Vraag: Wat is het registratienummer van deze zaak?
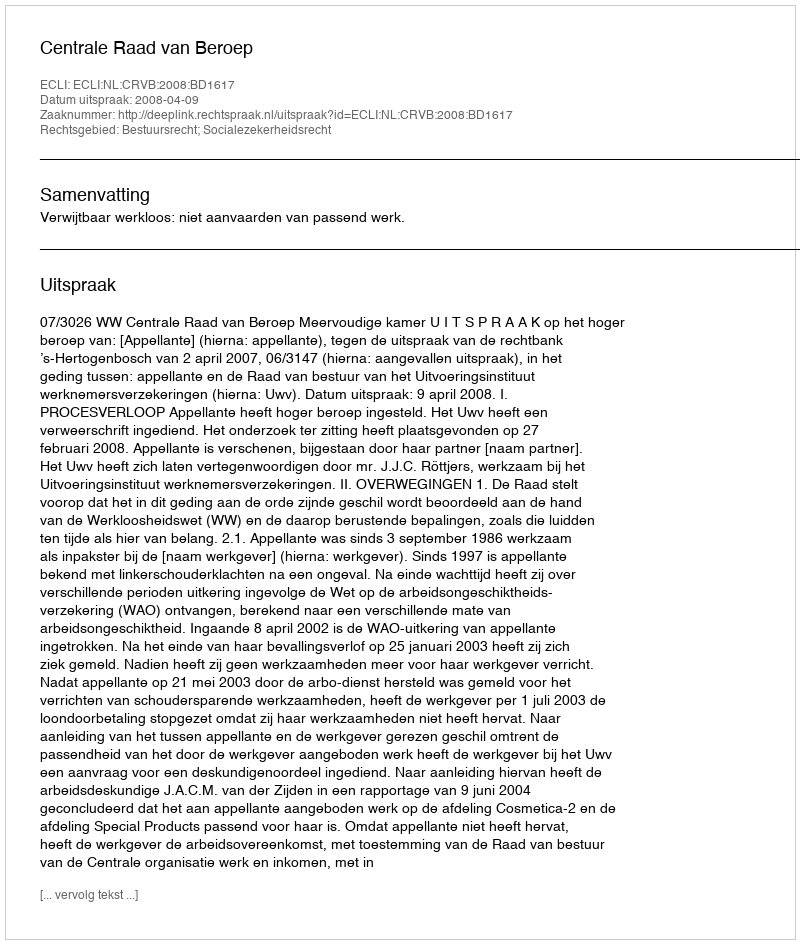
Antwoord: http://deeplink.rechtspraak.nl/uitspraak?id=ECLI:NL:CRVB:2008:BD1617